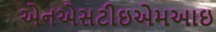
એનએસટીઇએમઆઇ